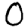
Digit: 0